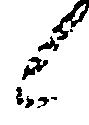
候